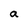
Character: a